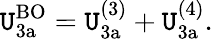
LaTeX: \mathtt{U}_{\mathrm{{3a}}}^{\mathrm{{BO}}}=\mathtt{U}_{\mathrm{{3a}}}^{(3)}+\mathtt{U}_{\mathrm{{3a}}}^{(4)}.